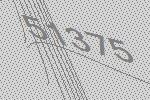
51375